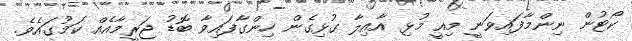
ކޯޓުން ނިންމާފައިވަނީ މިއީ މުޅި އާއިލާ ގުޅިގެން ހިންގާފައިވާ ބޮޑު ޖަރީމާއެއް ކަމުގައެވެ.